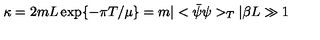
\kappa = 2 m L \exp \{ - \pi T / \mu \} = m | < \bar { \psi } \psi > _ { T } | \beta L \gg 1